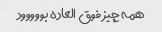
همه چیز فوق العاده بووووود